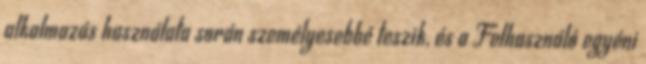
alkalmazás használata során személyesebbé teszik, és a Felhasználó egyéni